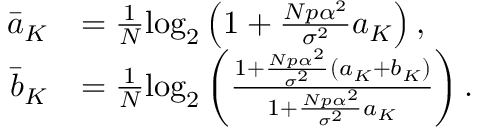
\begin{array} { r l } { \bar { a } _ { K } } & { = \frac { 1 } { N } \mathrm { l o g } _ { 2 } \left( 1 + \frac { N p \alpha ^ { 2 } } { \sigma ^ { 2 } } a _ { K } \right) , } \\ { \bar { b } _ { K } } & { = \frac { 1 } { N } \mathrm { l o g } _ { 2 } \left( \frac { 1 + \frac { N p \alpha ^ { 2 } } { \sigma ^ { 2 } } \left( a _ { K } + b _ { K } \right) } { 1 + \frac { N p \alpha ^ { 2 } } { \sigma ^ { 2 } } a _ { K } } \right) . } \end{array}